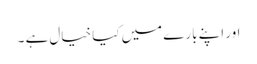
اور اپنے بارے میں کیا خیال ہے ۔